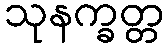
သုနက္ခတ္တ